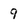
Character: 9